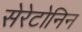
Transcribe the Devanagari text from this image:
सेरेटोनिन